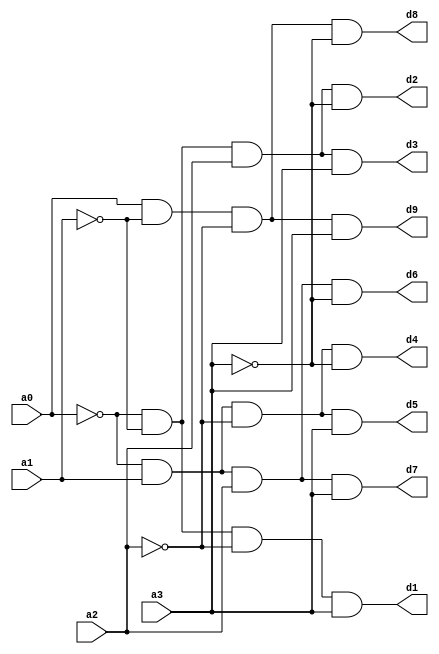
`timescale 1ns / 1ps

module bcd_to_decimal_decoder(
    input a0,a1,a2,a3,
    output d1,d2,d3,d4,d5,d6,d7,d8,d9
    );
assign d1=~a0&~a1&~a2&a3;
assign d2=~a0&~a1&a2&~a3;
assign d3=~a0&~a1&a2&a3;
assign d4=~a0&a1&~a2&~a3;
assign d5=~a0&a1&~a2&a3;
assign d6=~a0&a1&a2&~a3;
assign d7=~a0&a1&a2&a3;
assign d8=a0&~a1&~a2&~a3;
assign d9=a0&~a1&~a2&a3;

endmodule